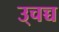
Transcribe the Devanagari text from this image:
उ्चच्च